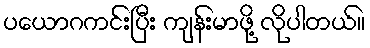
ပယောဂကင်းပြီး ကျန်းမာဖို့ လိုပါတယ်။